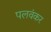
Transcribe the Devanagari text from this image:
पलवंकर